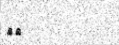
٩٣